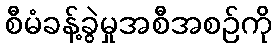
စီမံခန့်ခွဲမှုအစီအစဉ်ကို